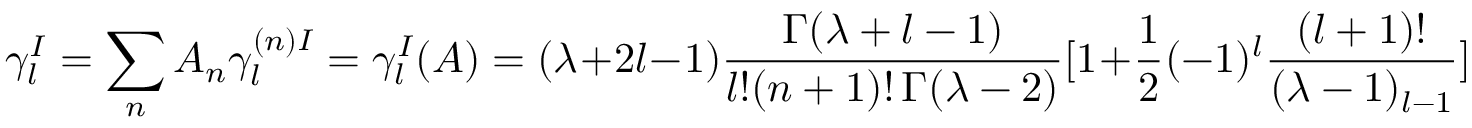
\gamma _ { l } ^ { I } = \sum _ { n } A _ { n } \gamma _ { l } ^ { ( n ) I } = \gamma _ { l } ^ { I } ( A ) = ( \lambda + 2 l - 1 ) \frac { \Gamma ( \lambda + l - 1 ) } { l ! ( n + 1 ) ! \, \Gamma ( \lambda - 2 ) } [ 1 + \frac { 1 } { 2 } ( - 1 ) ^ { l } \frac { ( l + 1 ) ! } { ( \lambda - 1 ) _ { l - 1 } } ]